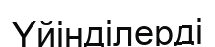
Үйінділерді